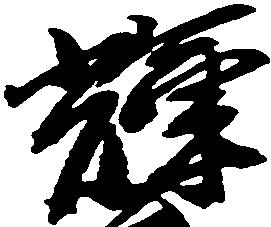
輝